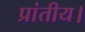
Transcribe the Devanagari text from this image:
प्रांतीय।